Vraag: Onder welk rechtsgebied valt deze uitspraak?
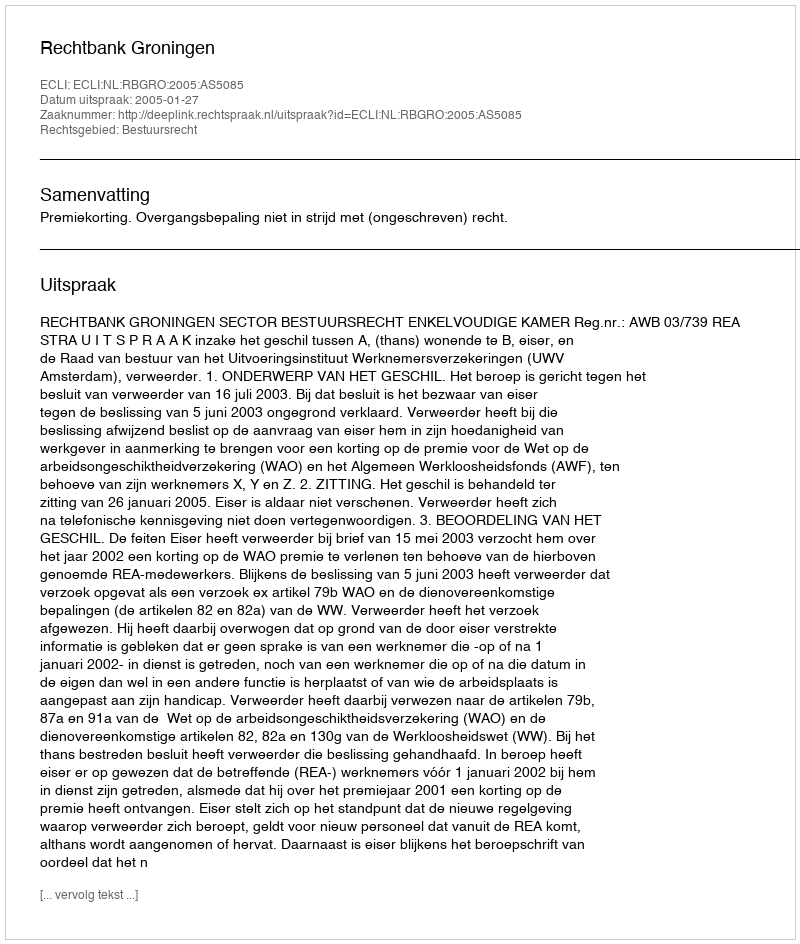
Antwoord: Bestuursrecht